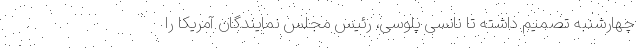
چهارشنبه تصمیم داشته تا نانسی پلوسی، رئیس مجلس نمایندگان آمریکا را